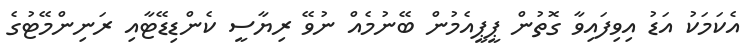
އެކަމަކު އަޑު އިވިފައިވާ ގޮތުން ޕީޕީއެމުން ބޭނުމެއް ނުވޭ ރިޔާސީ ކެންޑިޑޭޓާއި ރަނިންމޭޓުގެެ